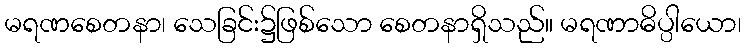
မရဏစေတနာ၊ သေခြင်း၌ဖြစ်သော စေတနာရှိသည်။ မရဏာဓိပ္ပါယော၊